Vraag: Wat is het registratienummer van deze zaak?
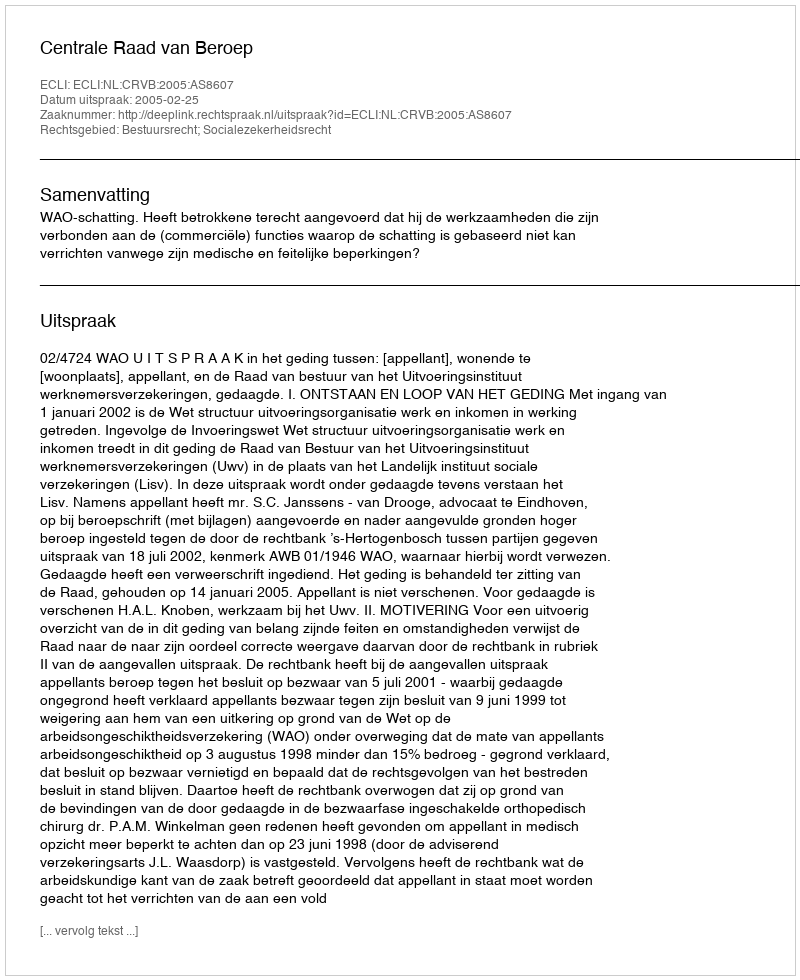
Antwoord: http://deeplink.rechtspraak.nl/uitspraak?id=ECLI:NL:CRVB:2005:AS8607